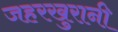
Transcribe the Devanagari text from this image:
जहरखुरानी